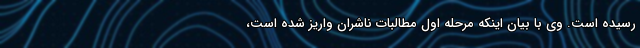
رسیده است. وی با بیان اینکه مرحله اول مطالبات ناشران واریز شده است،